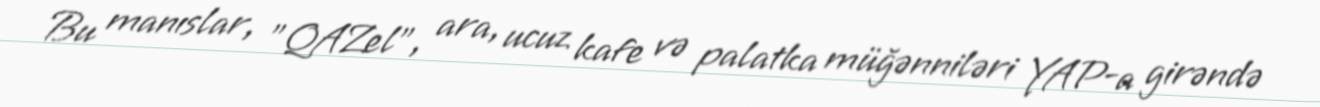
Bu manıslar, ”QAZel", ara, ucuz kafe və palatka müğənniləri YAP-a girəndə